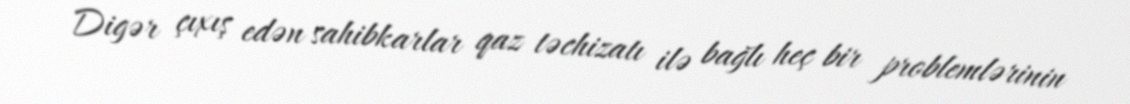
Digər çıxış edən sahibkarlar qaz təchizatı ilə bağlı heç bir problemlərinin